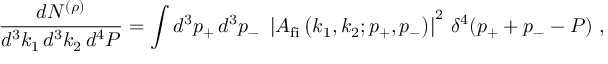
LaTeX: \frac { \displaystyle d N ^ { ( \rho ) } } { \displaystyle d ^ { 3 } k _ { 1 } \, d ^ { 3 } k _ { 2 } \, d ^ { 4 } P } = \int d ^ { 3 } p _ { + } \, d ^ { 3 } p _ { - } ~ \left| A _ { \mathrm { f i } } \left( k _ { 1 } , k _ { 2 } ; p _ { + } , p _ { - } \right) \right| ^ { 2 } \, \delta ^ { 4 } ( p _ { + } + p _ { - } - P ) \ ,